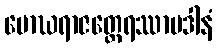
မောဃရာဇတ္ထေရဿာပဒါနံ